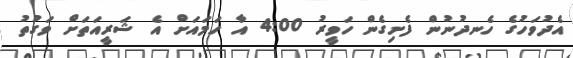
އެދުވަހުގެ ހެނދުނުން ފެށިގެން ހަވީރު 4:00 އާ ހަމައަށް އެ ޝަރީއަތަށް ވަގުތު